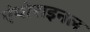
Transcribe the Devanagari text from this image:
एंथोराइनल